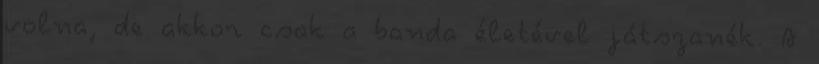
volna, de akkor csak a banda életével játszanék. A